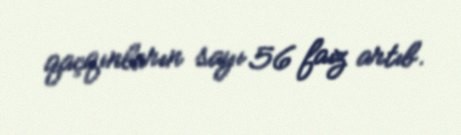
qaçqınların sayı 56 faiz artıb.